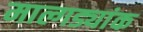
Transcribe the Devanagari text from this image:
माल्गड्यांक